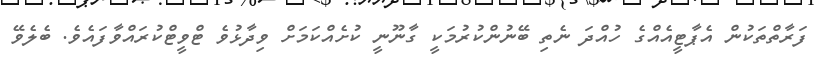
ފަރާތްތަކުން އެޕާޓީއެއްގެ ހުއްދަ ނެތި ބޭނުންކުރުމަކީ ގާނޫނީ ކުށެއްކަމަށް ވިދާޅުވެ ޓްވީޓްކުރައްވާފައެވެ. ބެލެވޭ